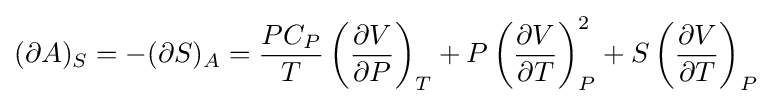
(\partial A)_{S}=-(\partial S)_{A}={\frac {PC_{P}}{T}}\left({\frac {\partial V}{\partial P}}\right)_{T}+P\left({\frac {\partial V}{\partial T}}\right)_{P}^{2}+S\left({\frac {\partial V}{\partial T}}\right)_{P}